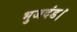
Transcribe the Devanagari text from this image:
भुजदंड।